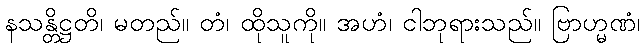
နသန္တိဋ္ဌတိ၊ မတည်။ တံ၊ ထိုသူကို။ အဟံ၊ ငါဘုရားသည်။ ဗြာဟ္မဏံ၊